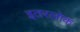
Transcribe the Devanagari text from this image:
इतरलोक